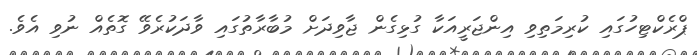
ޕްރެކްޓިހުގައި ކުރިމަތިވި އިންޖަރީއަކާ ގުޅިގެން ޖާވިދަށް މުބާރާތުގައި ވާދަކުރެވޭ ގޮތެއް ނުވި އެވެ.